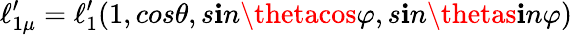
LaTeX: \ell_{1\mu}^{\prime}=\ell_{1}^{\prime}(1,cos\theta,s\mathbf{i}n\thetacos\varphi,s\mathbf{i}n\thetas\mathbf{i}n\varphi)